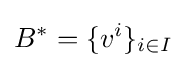
B^{*}=\{v^{i}\}_{i\in I}